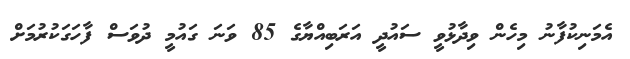
އެމަނިކުފާނު މިހެން ވިދާޅުވީ ސައުދީ އަރަބިއްޔާގެ 85 ވަނަ ގައުމީ ދުވަސް ފާހަގަކުރުމަށް